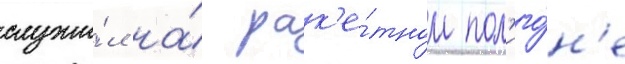
служи́л на́ рак'е́тном пол'иго́н'е